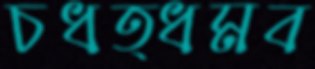
চধত্ধমব